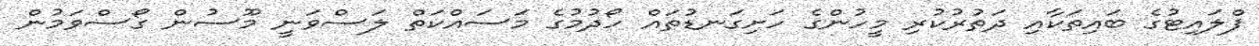
ފްލައިޓުގެ ބައިތަކާއި ދަތުރުކުރި މީހުންގެ ހަށިގަނޑުތައް ހޯދުމުގެ މަސައްކަތް ލަސްވަނީ މޫސުން ގޯސްވަމުން